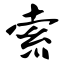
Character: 索